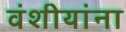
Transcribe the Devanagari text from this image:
वंशीयांना